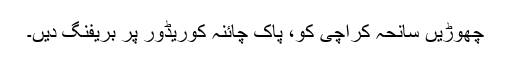
چھوڑیں سانحہ کراچی کو، پاک چائنہ کوریڈور پر بریفنگ دیں۔